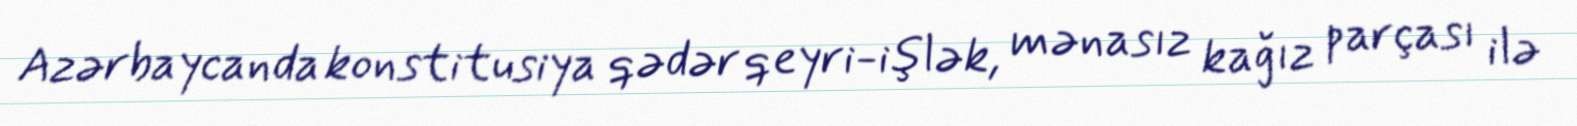
Azərbaycanda konstitusiya qədər qeyri-işlək, mənasız kağız parçası ilə